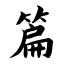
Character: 篇